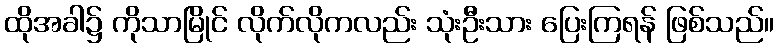
ထိုအခါ၌ ကိုသာမြိုင် လိုက်လိုကလည်း သုံးဦးသား ပြေးကြရန် ဖြစ်သည်။